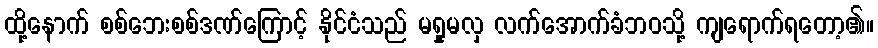
ထို့နောက် စစ်ဘေးစစ်ဒဏ်ကြောင့် နိုင်ငံသည် မရှုမလှ လက်အောက်ခံဘဝသို့ ကျရောက်ရတော့၏။